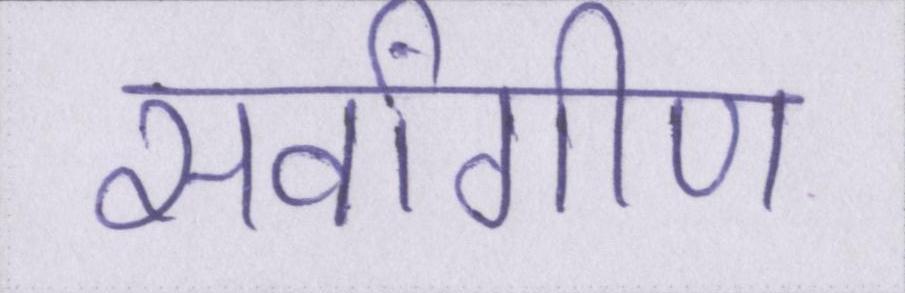
सर्वांगीण